Plague in India, 1896, 1897 - Volume 1
Year: 1896
Disease focus: Plague
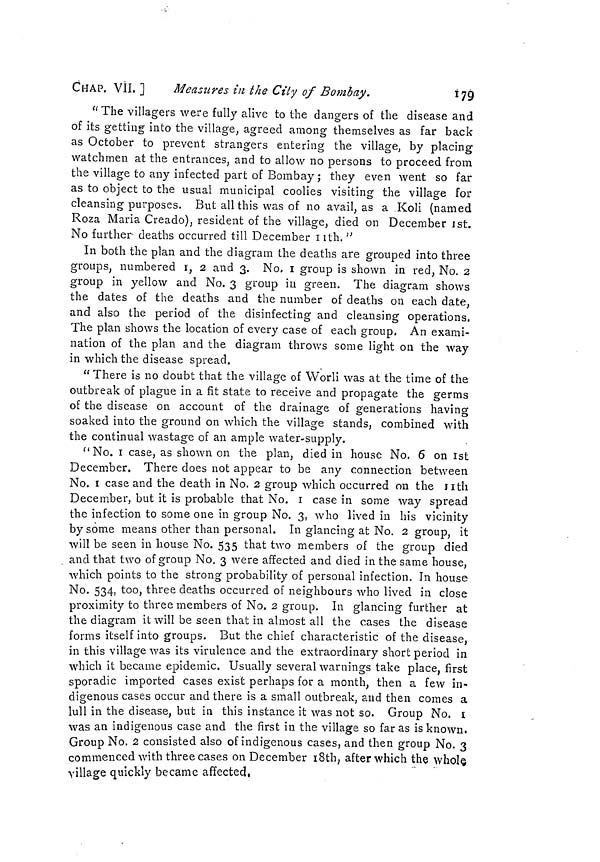
CHAP. VII. ]
Measures in the City of Bombay.
179
"The villagers were fully alive to the dangers of the disease and
of its getting into the village, agreed among themselves as far back
as October to prevent strangers entering the village, by placing
watchmen at the entrances, and to allow no persons to proceed from
the village to any infected part of Bombay ; they even went so far
as to object to the usual municipal coolies visiting the village for
cleansing purposes. But all this was of no avail, as a Koli (named
Roza Maria Creado), resident of the village, died on December 1st.
No further deaths occurred till December 11th."
In both the plan and the diagram the deaths are grouped into three
groups, numbered 1, 2 and 3. No, I group is shown in red, No. 2
group in yellow and No. 3 group in green. The diagram shows
the dates of the deaths and the number of deaths on each date,
and also the period of the disinfecting and cleansing operations.
The plan shows the location of every case of each group. An exami-
nation of the plan and the diagram throws some light on the way
in which the disease spread.
" There is no doubt that the village of Worli was at the time of the
outbreak of plague in a fit state to receive and propagate the germs
of the disease on account of the drainage of generations having
soaked into the ground on which the village stands, combined with
the continual wastage of an ample water-supply.
" No. 1 case, as shown on the plan, died in house No. 6 on 1st
December. There does not appear to be any connection between
No. 1 case and the death in No. 2 group which occurred on the nth
December, but it is probable that No. 1 case in some way spread
the infection to some one in group No. 3, who lived in his vicinity
by some means other than personal. In glancing at No. 2 group, it
will be seen in house No. 535 that two members of the group died
and that two of group No. 3 were affected and died in the same house,
which points to the strong probability of personal infection. In house
No. 534, too, three deaths occurred of neighbours who lived in close
proximity to three members of No. 2 group. In glancing further at
the diagram it will be seen that in almost all the cases the disease
forms itself into groups. But the chief characteristic of the disease,
in this village was its virulence and the extraordinary short period in
which it became epidemic. Usually several warnings take place, first
sporadic imported cases exist perhaps for a month, then a few in-
digenous cases occur and there is a small outbreak, and then comes a
lull in the disease, but in this instance it was not so. Group No. 1
was an indigenous case and the first in the village so far as is known.
Group No. 2 consisted also of indigenous cases, and then group No. 3
commenced with three cases on December 18th, after which the whole
village quickly became affected.